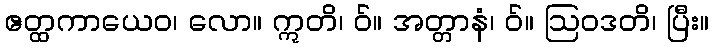
ဧတ္ထကာယေဝ၊ လော။ ဣတိ၊ ဝ်။ အတ္တာနံ၊ ဝ်။ ဩဝဒတိ၊ ပြီး။